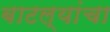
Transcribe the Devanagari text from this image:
बाटल्यांचा